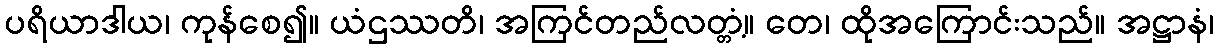
ပရိယာဒါယ၊ ကုန်စေ၍။ ယံဌဿတိ၊ အကြင်တည်လတ္တံ့။ တေ၊ ထိုအကြောင်းသည်။ အဋ္ဌာနံ၊